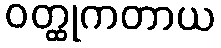
ဝတ္ထုကတာယ